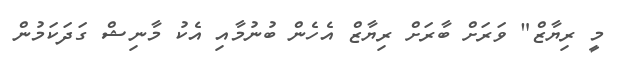
މީ ރިޔާޒް" ވަރަށް ބާރަށް ރިޔާޒް އެހެން ބުނުމާއި އެކު މާނިޝް ގަދަކަމުން